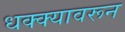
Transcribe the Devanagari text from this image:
धक्क्यावरून